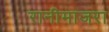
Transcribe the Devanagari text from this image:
रानीमाजरा